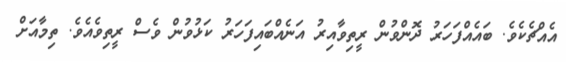
އެއްޗެކެވެ. ބައެއްފަހަރު ދޮންވުން ރީތިވާއިރު އަނެއްބައިފަހަރު ކަޅުވުން ވެސް ރީތިވެއެވެ. ތިމާއަށް